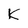
Character: K